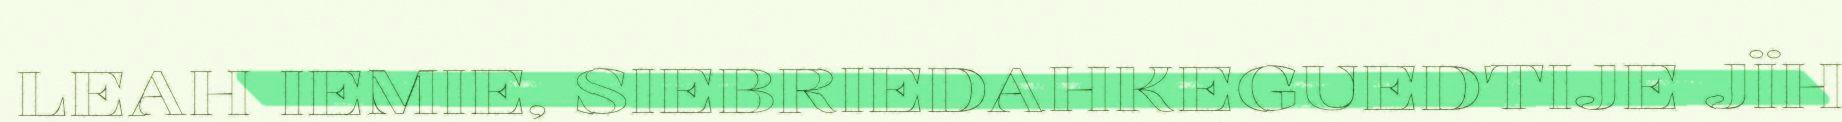
LEAH IEMIE, SIEBRIEDAHKEGUEDTIJE JÏH